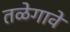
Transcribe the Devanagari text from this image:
तळेगावे